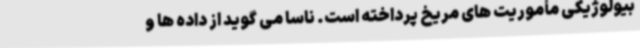
بیولوژیکی مأموریت های مریخ پرداخته است. ناسا می گوید از داده ها و